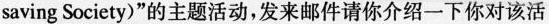
saving Society)”的主题活动，发来邮件请你介绍一下你对该活